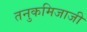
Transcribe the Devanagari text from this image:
तनुकमिजाजी